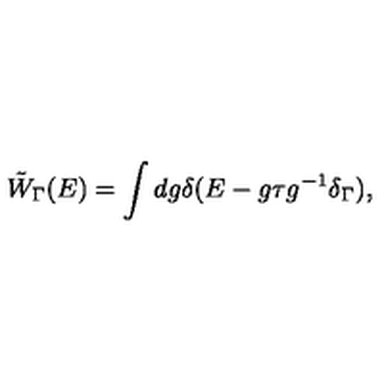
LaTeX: \tilde { W } _ { \Gamma } ( E ) = \int d g \delta ( E - g \tau g ^ { - 1 } \delta _ { \Gamma } ) ,